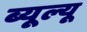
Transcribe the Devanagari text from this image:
ब्यूल्यू